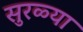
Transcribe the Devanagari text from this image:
सुरळ्या